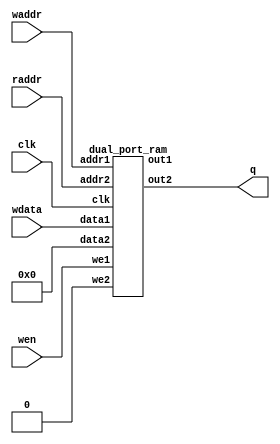
`define SIMULATION_MEMORY

module ram_288_0_64 (
	input clk,
	input [5:0] waddr,
	input [287:0] wdata,
	input wen,
	input [5:0] raddr,
	output [287:0] q
);

wire [287:0] rd_dummy_signal;
wire [287:0] wr_dummy_signal;
assign rd_dummy_signal = 0;

dual_port_ram u_dual_port_ram(
	.addr1(waddr),
	.we1(wen),
	.data1(wdata),
	.out1(wr_dummy_signal),
	.addr2(raddr),
	.we2(1'b0),
	.data2(rd_dummy_signal),
	.out2(q),
	.clk(clk)
);
endmodule

module dual_port_ram(
clk,
addr1,
addr2,
data1,
data2,
we1,
we2,
out1,
out2
);

parameter DATA_WIDTH = 288;
parameter ADDR_WIDTH = 6;
input clk;
input [ADDR_WIDTH-1:0] addr1;
input [ADDR_WIDTH-1:0] addr2;
input [DATA_WIDTH-1:0] data1;
input [DATA_WIDTH-1:0] data2;
input we1;
input we2;
output reg [DATA_WIDTH-1:0] out1;
output reg [DATA_WIDTH-1:0] out2;

reg [DATA_WIDTH-1:0] ram[ADDR_WIDTH-1:0];

always @(posedge clk) begin
  if (we1) begin
    ram[addr1] <= data1;
  end
  else begin
    out1 <= ram[addr1];
  end
end

always @(posedge clk) begin
  if (we2) begin
    ram [addr2] <= data2;
  end
  else begin
    out2 <= ram[addr2];
  end
end

endmodule